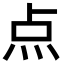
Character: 点